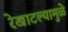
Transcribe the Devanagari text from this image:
रेखाटल्यामुळे